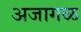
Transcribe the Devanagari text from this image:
अजागळ